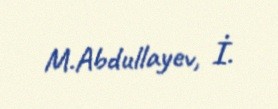
M.Abdullayev, İ.